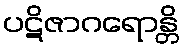
ပဋိဇာဂရောန္တိ